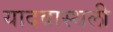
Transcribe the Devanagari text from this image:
यादवास्थली